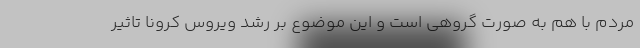
مردم با هم به صورت گروهی است و این موضوع بر رشد ویروس کرونا تاثیر